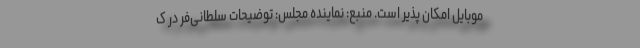
موبایل امکان پذیر است. منبع: نماینده مجلس: توضیحات سلطانی‌فر در ک